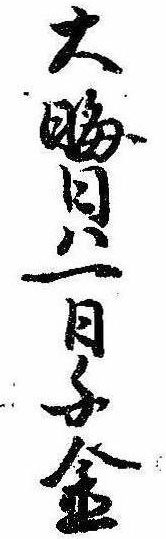
大晦日は一日千金